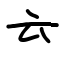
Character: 𠫓